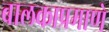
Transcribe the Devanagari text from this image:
बालकाप्रमाणे